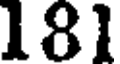
181